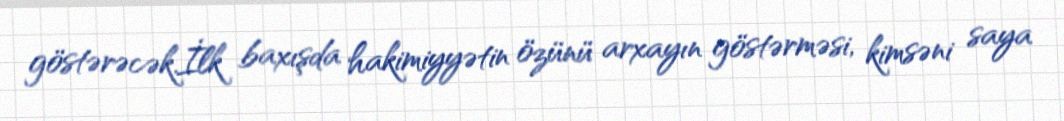
göstərəcək.İlk baxışda hakimiyyətin özünü arxayın göstərməsi, kimsəni saya